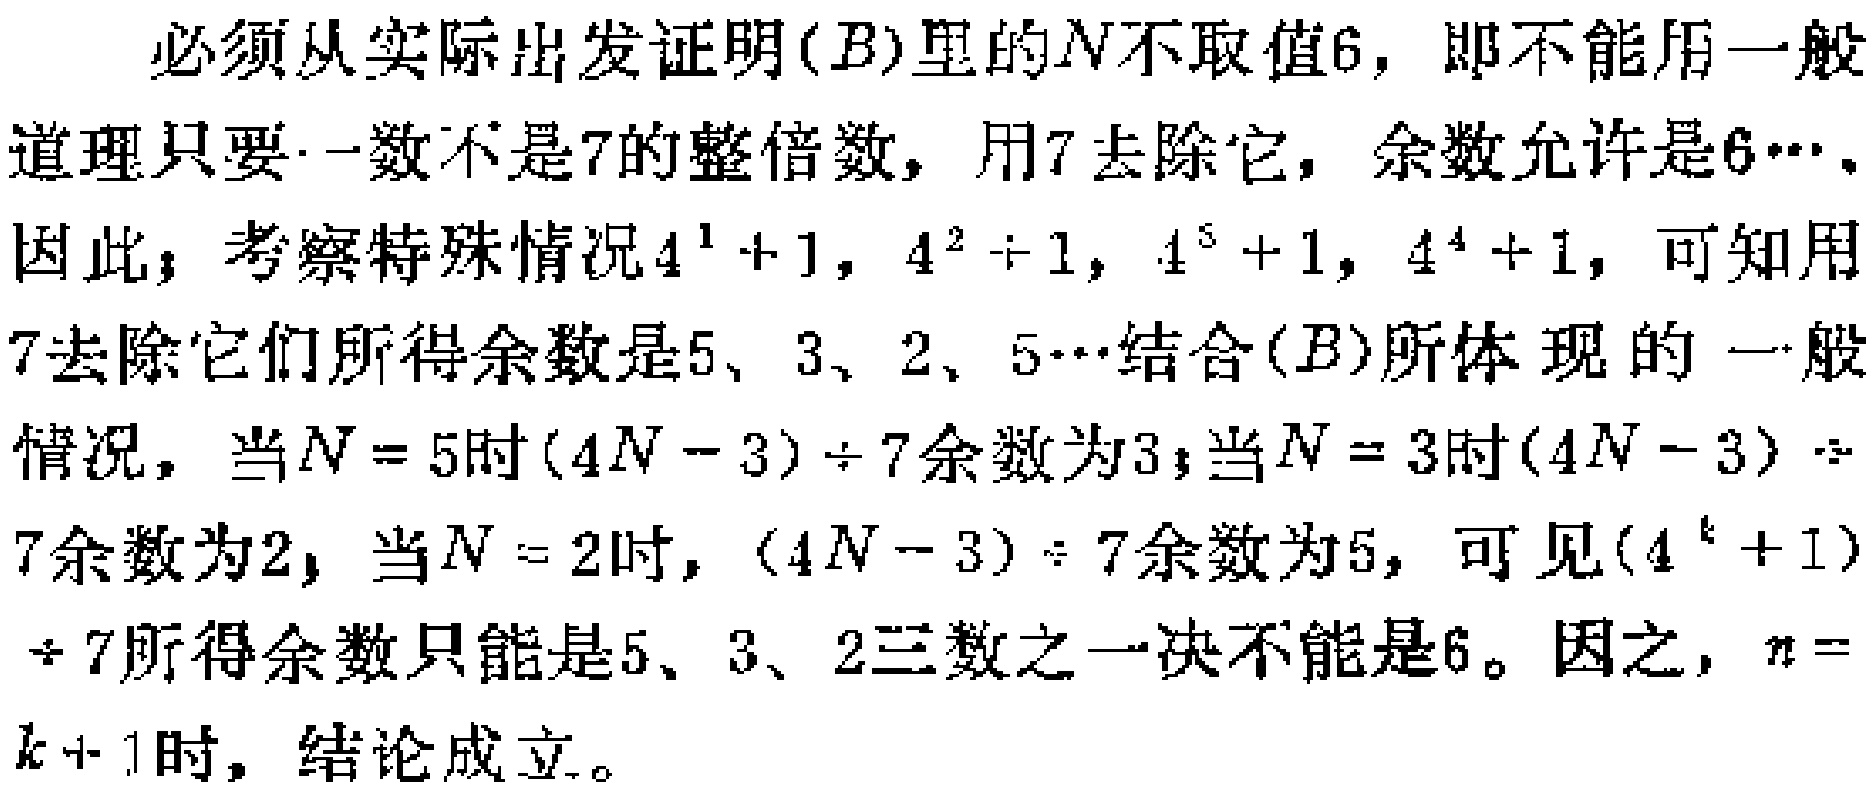
必须从实际出发证明\((B)\)里的\(N\)不取值\(6\)，即不能用一般道理只要一数不是\(7\)的整倍数，用\(7\)去除它，余数允许是\(6\cdots\)。因此，考察特殊情况\(4^{1} + 1\)，\(4^{2}+1\)，\(4^{3} + 1\)，\(4^{4} + 1\)，可知用\(7\)去除它们所得余数是\(5\)、\(3\)、\(2\)、\(5\cdots\)结合\((B)\)所体现的一般情况，当\(N = 5\)时\((4N - 3)\div 7\)余数为\(3\)；当\(N = 3\)时\((4N - 3)\div 7\)余数为\(2\)，当\(N = 2\)时，\((4N - 3)\div 7\)余数为\(5\)，可见\((4^{k}+1)\div 7\)所得余数只能是\(5\)、\(3\)、\(2\)三数之一决不能是\(6\)。因之，\(n = k + 1\)时，结论成立。